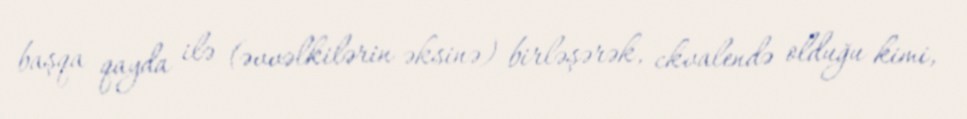
başqa qayda ilə (əvvəlkilərin əksinə) birləşərək, ckvalendə olduğu kimi,